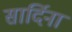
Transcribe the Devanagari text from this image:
सार्दिना